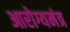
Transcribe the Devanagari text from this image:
आरोग्यमंत्र